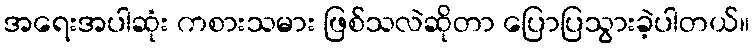
အရေးအပါဆုံး ကစားသမား ဖြစ်သလဲဆိုတာ ပြောပြသွားခဲ့ပါတယ်။